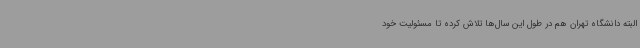
البته دانشگاه تهران هم در طول این سال‌ها تلاش کرده تا مسئولیت خود